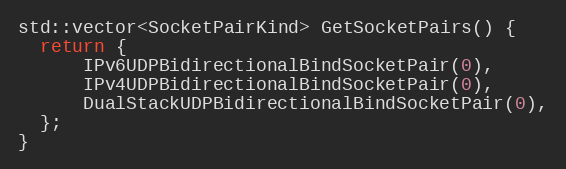
Language: C++
std::vector<SocketPairKind> GetSocketPairs() {
  return {
      IPv6UDPBidirectionalBindSocketPair(0),
      IPv4UDPBidirectionalBindSocketPair(0),
      DualStackUDPBidirectionalBindSocketPair(0),
  };
}